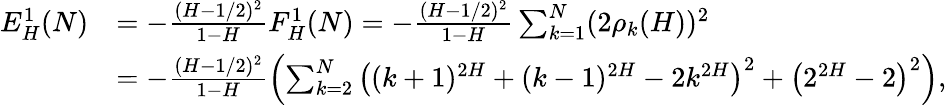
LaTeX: \begin{array}{rl}{E_{H}^{1}(N)}&{=-\frac{(H-1/2)^{2}}{1-H}F_{H}^{1}(N)=-\frac{(H-1/2)^{2}}{1-H}\sum_{k=1}^{N}(2\rho_{k}(H))^{2}}\\ &{=-\frac{(H-1/2)^{2}}{1-H}\left(\sum_{k=2}^{N}\left((k+1)^{2H}+(k-1)^{2H}-2k^{2H}\right)^{2}+\left(2^{2H}-2\right)^{2}\right),}\end{array}